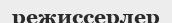
режиссерлер